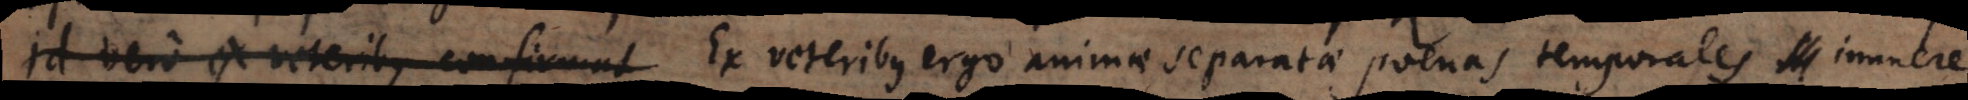
Id vero ex veteribus confirmat Ex veteribus ergo animae separatae poenas temporales innuere